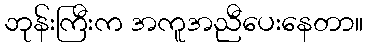
ဘုန်းကြီးက အကူအညီပေးနေတာ။